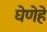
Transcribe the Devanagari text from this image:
घेणेहे